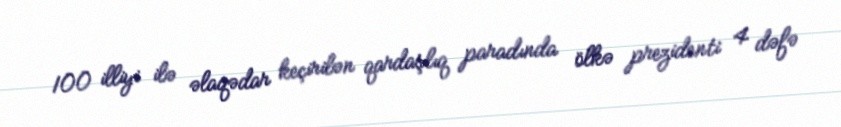
100 illiyi ilə əlaqədar keçirilən qardaşlıq paradında ölkə prezidenti 4 dəfə